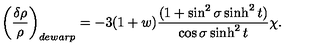
\left( \frac { \delta \rho } { \rho } \right) _ { d e w a r p } = - 3 ( 1 + w ) \frac { ( 1 + \sin ^ { 2 } \sigma \sinh ^ { 2 } t ) } { \cos \sigma \sinh ^ { 2 } t } \chi .